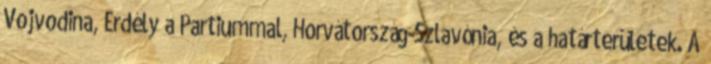
Vojvodina, Erdély a Partiummal, Horvátország-Szlavónia, és a határterületek. A